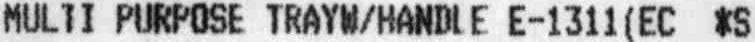
MULTI PURPOSE TRAYW/HANDLE E-1311(EC *S